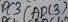
Text: ADC3